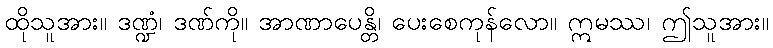
ထိုသူအား။ ဒဏ္ဍံ၊ ဒဏ်ကို။ အာဏာပေန္တိ၊ ပေးစေကုန်လော။ ဣမဿ၊ ဤသူအား။